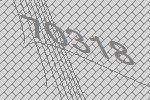
70318